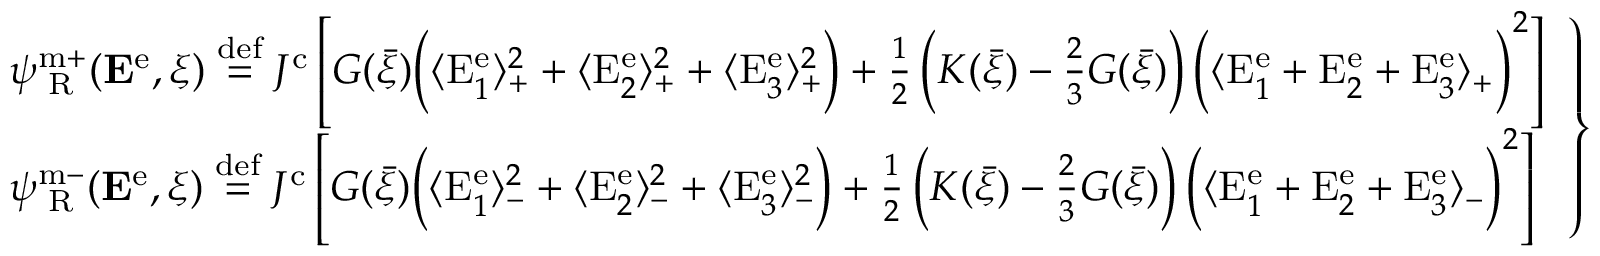
\left. \begin{array} { r l } & { \psi _ { \mathrm { \tiny ~ R } } ^ { \mathrm { m + } } ( { \bf E } ^ { \mathrm { e } } , \xi ) \overset { \mathrm { d e f } } { = } J ^ { \mathrm { c } } \left[ G ( \bar { \xi } ) \bigg ( \langle \mathrm { E } _ { 1 } ^ { \mathrm { e } } \rangle _ { + } ^ { 2 } + \langle \mathrm { E } _ { 2 } ^ { \mathrm { e } } \rangle _ { + } ^ { 2 } + \langle \mathrm { E } _ { 3 } ^ { \mathrm { e } } \rangle _ { + } ^ { 2 } \bigg ) + \frac { 1 } { 2 } \left( K ( \bar { \xi } ) - \frac { 2 } { 3 } G ( \bar { \xi } ) \right) \bigg ( \langle \mathrm { E } _ { 1 } ^ { \mathrm { e } } + \mathrm { E } _ { 2 } ^ { \mathrm { e } } + \mathrm { E } _ { 3 } ^ { \mathrm { e } } \rangle _ { + } \bigg ) ^ { 2 } \right] } \\ & { \psi _ { \mathrm { \tiny ~ R } } ^ { \mathrm { m - } } ( { \bf E } ^ { \mathrm { e } } , \xi ) \overset { \mathrm { d e f } } { = } J ^ { \mathrm { c } } \left[ G ( \bar { \xi } ) \bigg ( \langle \mathrm { E } _ { 1 } ^ { \mathrm { e } } \rangle _ { - } ^ { 2 } + \langle \mathrm { E } _ { 2 } ^ { \mathrm { e } } \rangle _ { - } ^ { 2 } + \langle \mathrm { E } _ { 3 } ^ { \mathrm { e } } \rangle _ { - } ^ { 2 } \bigg ) + \frac { 1 } { 2 } \left( K ( \bar { \xi } ) - \frac { 2 } { 3 } G ( \bar { \xi } ) \right) \bigg ( \langle \mathrm { E } _ { 1 } ^ { \mathrm { e } } + \mathrm { E } _ { 2 } ^ { \mathrm { e } } + \mathrm { E } _ { 3 } ^ { \mathrm { e } } \rangle _ { - } \bigg ) ^ { 2 } \right] } \end{array} \right\}